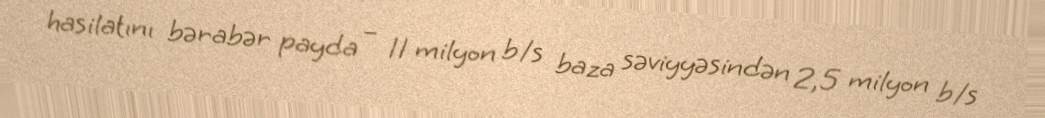
hasilatını bərabər payda – 11 milyon b/s baza səviyyəsindən 2,5 milyon b/s